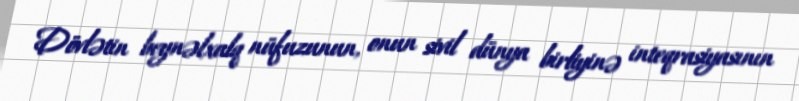
Dövlətin beynəlxalq nüfuzunun, onun sivil dünya birliyinə inteqrasiyasının